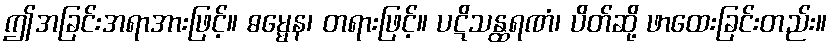
ဤအခြင်းအရာအားဖြင့်။ ဓမ္မေန၊ တရားဖြင့်။ ပဋိသန္ထရဏံ၊ ပိတ်ဆို့ ဖာထေးခြင်းတည်း။